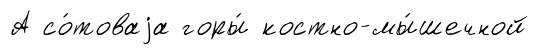
А со́товаjа горы́ костно-мы́шечной